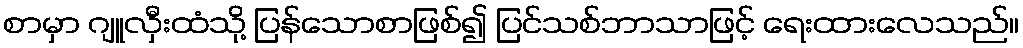
စာမှာ ဂျူလှီးထံသို့ ပြန်သောစာဖြစ်၍ ပြင်သစ်ဘာသာဖြင့် ရေးထားလေသည်။